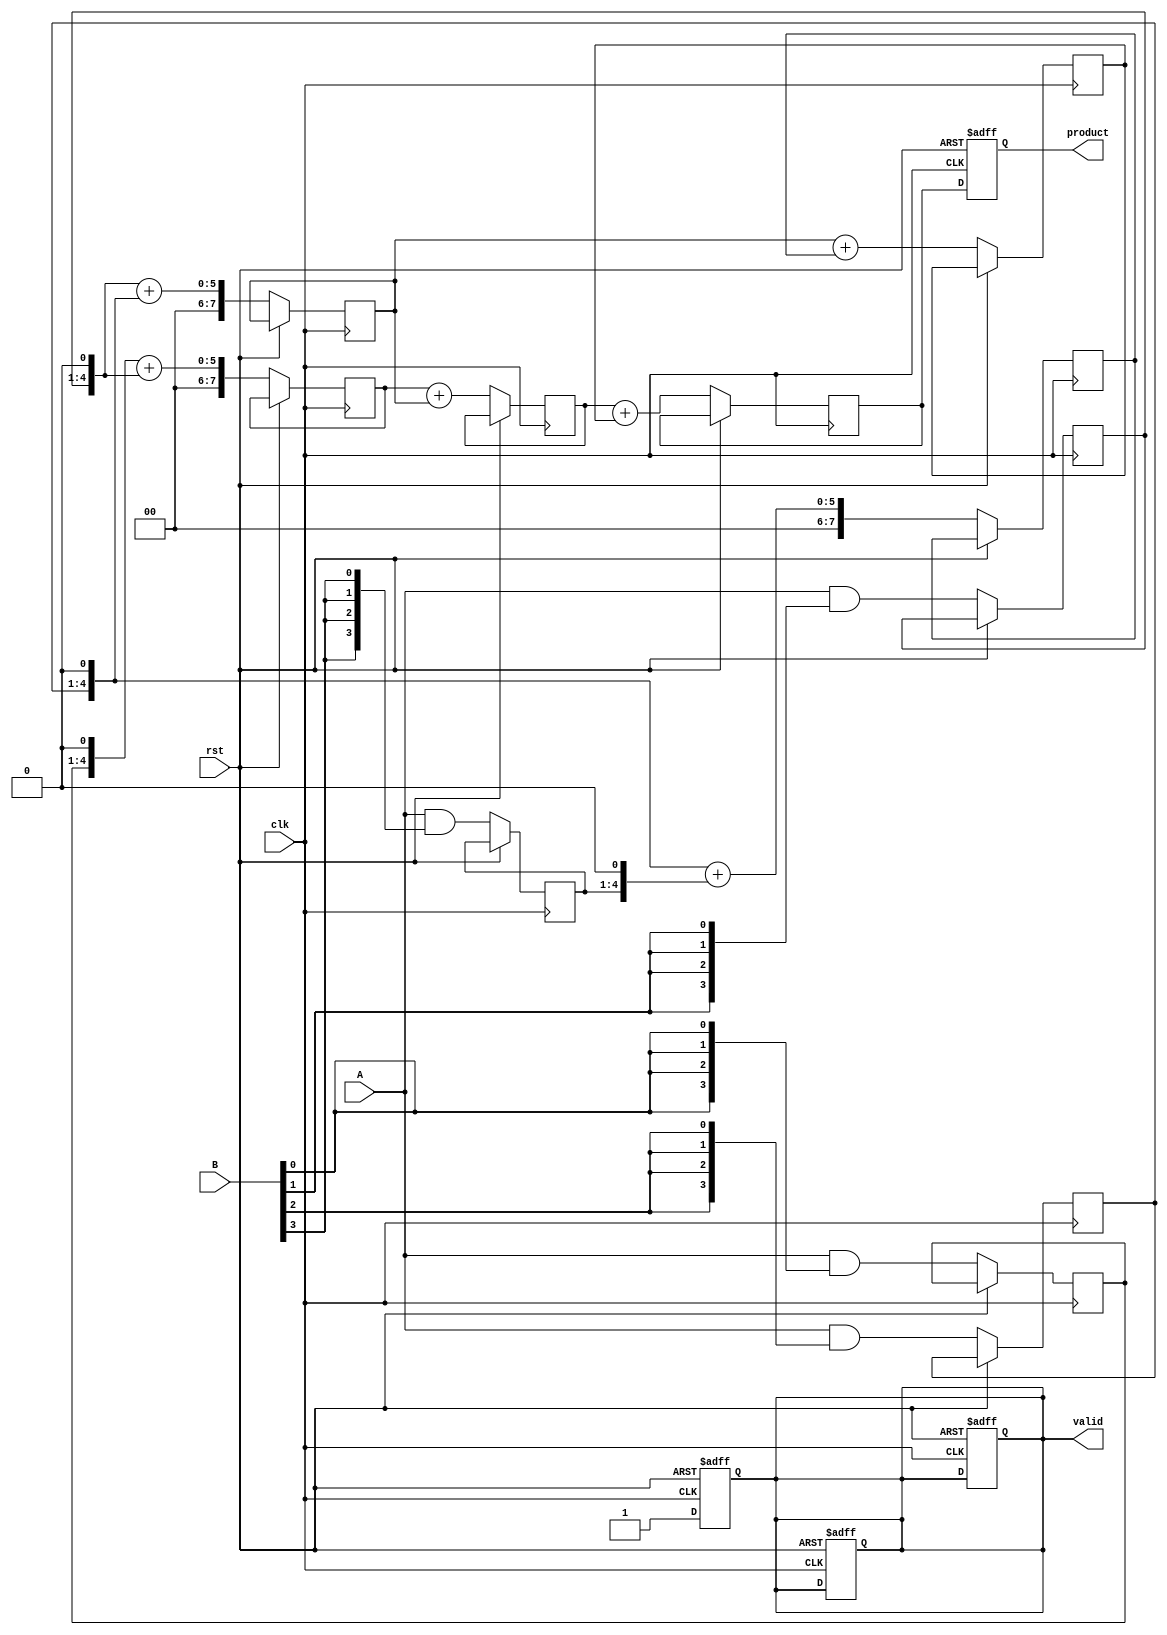
module PipelinedWallaceTreeMultiplier #(
    parameter WIDTH = 4 // Width of input operands
)(
    input clk,
    input rst,
    input [WIDTH-1:0] A,
    input [WIDTH-1:0] B,
    output reg [(2*WIDTH)-1:0] product,
    output reg valid
);

    // Internal signals
    reg [WIDTH-1:0] pp [0:WIDTH-1]; // Partial Products
    reg [2*WIDTH-1:0] stage1 [0:WIDTH-1]; // First stage results
    reg [2*WIDTH-1:0] stage2 [0:WIDTH-1]; // Second stage results
    reg [2*WIDTH-1:0] stage3; // Final stage result
    reg [WIDTH:0] sum; // For addition
    integer i;

    // Partial Product Generation
    always @(posedge clk or posedge rst) begin
        if (rst) begin
            valid <= 0;
        end else begin
            // Generate partial products
            for (i = 0; i < WIDTH; i = i + 1) begin
                pp[i] <= A & {WIDTH{B[i]}};
            end

            // Stage 1: Reduction using Wallace Tree
            for (i = 0; i < WIDTH-1; i = i + 1) begin
                stage1[i] <= {pp[i], 1'b0} + {pp[i+1], 1'b0}; // Simple addition for reduction
            end
            stage1[WIDTH-1] <= pp[WIDTH-1]; // Last partial product
        end
    end

    // Stage 2: Further reduction
    always @(posedge clk or posedge rst) begin
        if (rst) begin
            valid <= 0;
        end else begin
            for (i = 0; i < WIDTH-1; i = i + 1) begin
                stage2[i] <= stage1[i] + stage1[i+1]; // Simple addition for reduction
            end
            stage2[WIDTH-1] <= stage1[WIDTH-1]; // Last result
        end
    end

    // Final Stage: Sum the last two rows
    always @(posedge clk or posedge rst) begin
        if (rst) begin
            product <= 0;
            valid <= 0;
        end else begin
            stage3 <= stage2[0] + stage2[1]; // Final addition to get the product
            product <= stage3;
            valid <= 1; // Indicate the valid output
        end
    end

endmodule